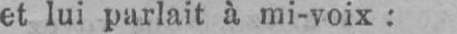
et lui parlait à mi-voix: